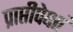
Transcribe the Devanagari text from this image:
प्राप्तीपेक्षां